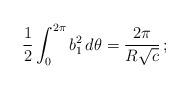
LaTeX: \begin{align*}\frac 12 \int_0^{2\pi} b_1^2\, d\theta = \frac {2\pi}{R\sqrt{c}}\,;\end{align*}